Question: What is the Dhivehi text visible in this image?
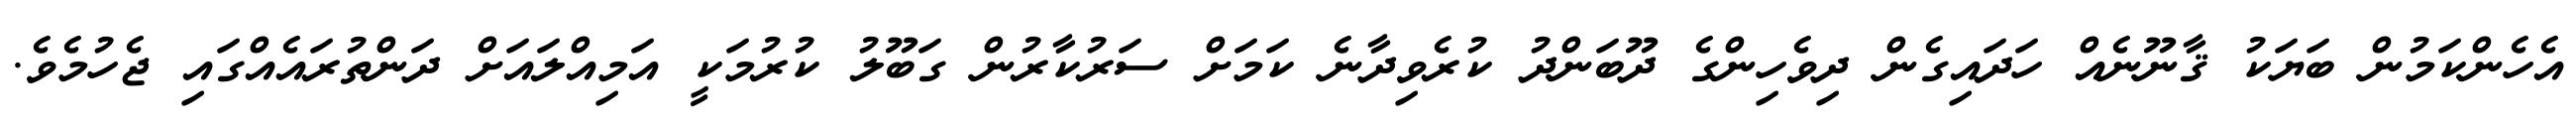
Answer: އެހެންކަމުން ބަޔަކު ޤާނޫނެއް ހަދައިގެން ދިވެހިންގެ ދޫބަންދު ކުރެވިދާނެ ކަމަށް ސަރުކާރުން ގަބޫލު ކުރުމަކީ އަމިއްލައަށް ދަންތުރައެއްގައި ޖެހުމެވެ.